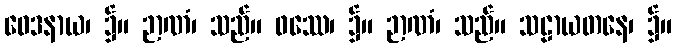
ဝေဒနာယ၊ ၌။ ဉာဏံ၊ သည်။ ဖဿေ၊ ၌။ ဉာဏံ၊ သည်။ သဠာယတနေ၊ ၌။